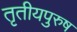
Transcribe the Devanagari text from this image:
तृतीयपुरुष